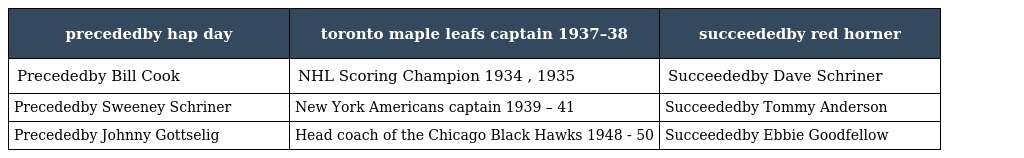
| precededby hap day | toronto maple leafs captain 1937–38 | succeededby red horner |
 | --- | --- | --- |
 | Precededby Bill Cook | NHL Scoring Champion 1934 , 1935 | Succeededby Dave Schriner |
 | Precededby Sweeney Schriner | New York Americans captain 1939 – 41 | Succeededby Tommy Anderson |
 | Precededby Johnny Gottselig | Head coach of the Chicago Black Hawks 1948 - 50 | Succeededby Ebbie Goodfellow |